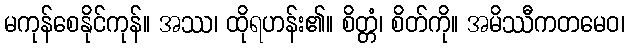
မကုန်စေနိုင်ကုန်။ အဿ၊ ထိုရဟန်း၏။ စိတ္တံ၊ စိတ်ကို။ အမိဿီကတမေဝ၊